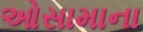
ઓસામાના